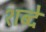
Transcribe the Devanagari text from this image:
शब्दे